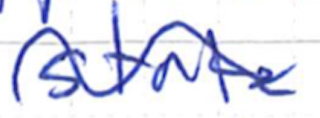
Text: state
Cross-out: wave
Writing tool: ballpoint